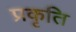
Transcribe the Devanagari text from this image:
प्रकृति